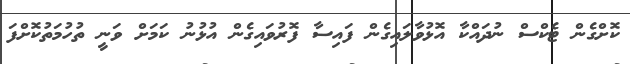
ކޮށްގެން ޓެކްސް ނުދައްކާ އޮޅުވާލައިގެން ފައިސާ ފޮރުވައިގެން އުޅުނު ކަމަށް ވަނީ ތުހުމަތުކޮށްފަ